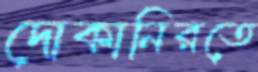
দোকানিরতে